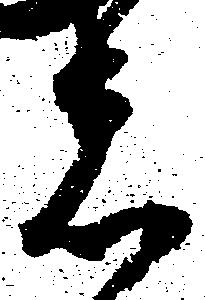
者